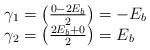
LaTeX: \begin{align*}\begin{array}{l} \gamma_1 = \left( {\frac{{0-2E_b }}{2}} \right) = - E_b \\ \gamma_2 = \left( {\frac{{ 2E_b+ 0}}{2}} \right) = E_b \\ \end{array}\end{align*}